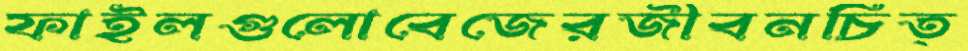
ফাইলগুলোবেজেরজীবনচিত্